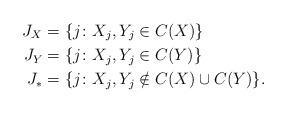
LaTeX: \begin{align*} J_{X}&=\{j\colon X_j,Y_j\in C(X)\}\\ J_{Y}&=\{j\colon X_j,Y_j\in C(Y)\}\\ J_*&=\{j\colon X_j,Y_j\notin C(X)\cup C(Y) \}.\end{align*}